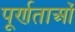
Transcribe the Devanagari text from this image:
पूर्णताओं